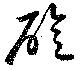
聆